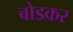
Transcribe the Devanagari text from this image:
बोडकर